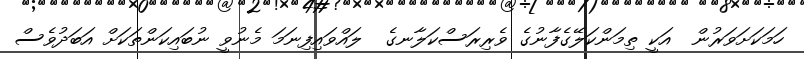
ހަމަކަށަވަރުން  އަކީ ތިމަންކަލޭގެފާނުގެ ވެރިރަސްކަލާނގެ  ލައްވައިފިނަމަ މެނުވީ ނުބައިކަންތަކަށް އަބަދުވެސް